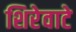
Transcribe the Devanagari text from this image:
शिरेवाटे